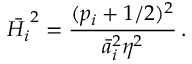
\bar { H _ { i } } ^ { 2 } = \frac { ( p _ { i } + 1 / 2 ) ^ { 2 } } { \bar { a } _ { i } ^ { 2 } \eta ^ { 2 } } \, .